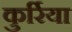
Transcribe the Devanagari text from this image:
कुर्रिया